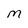
Character: M